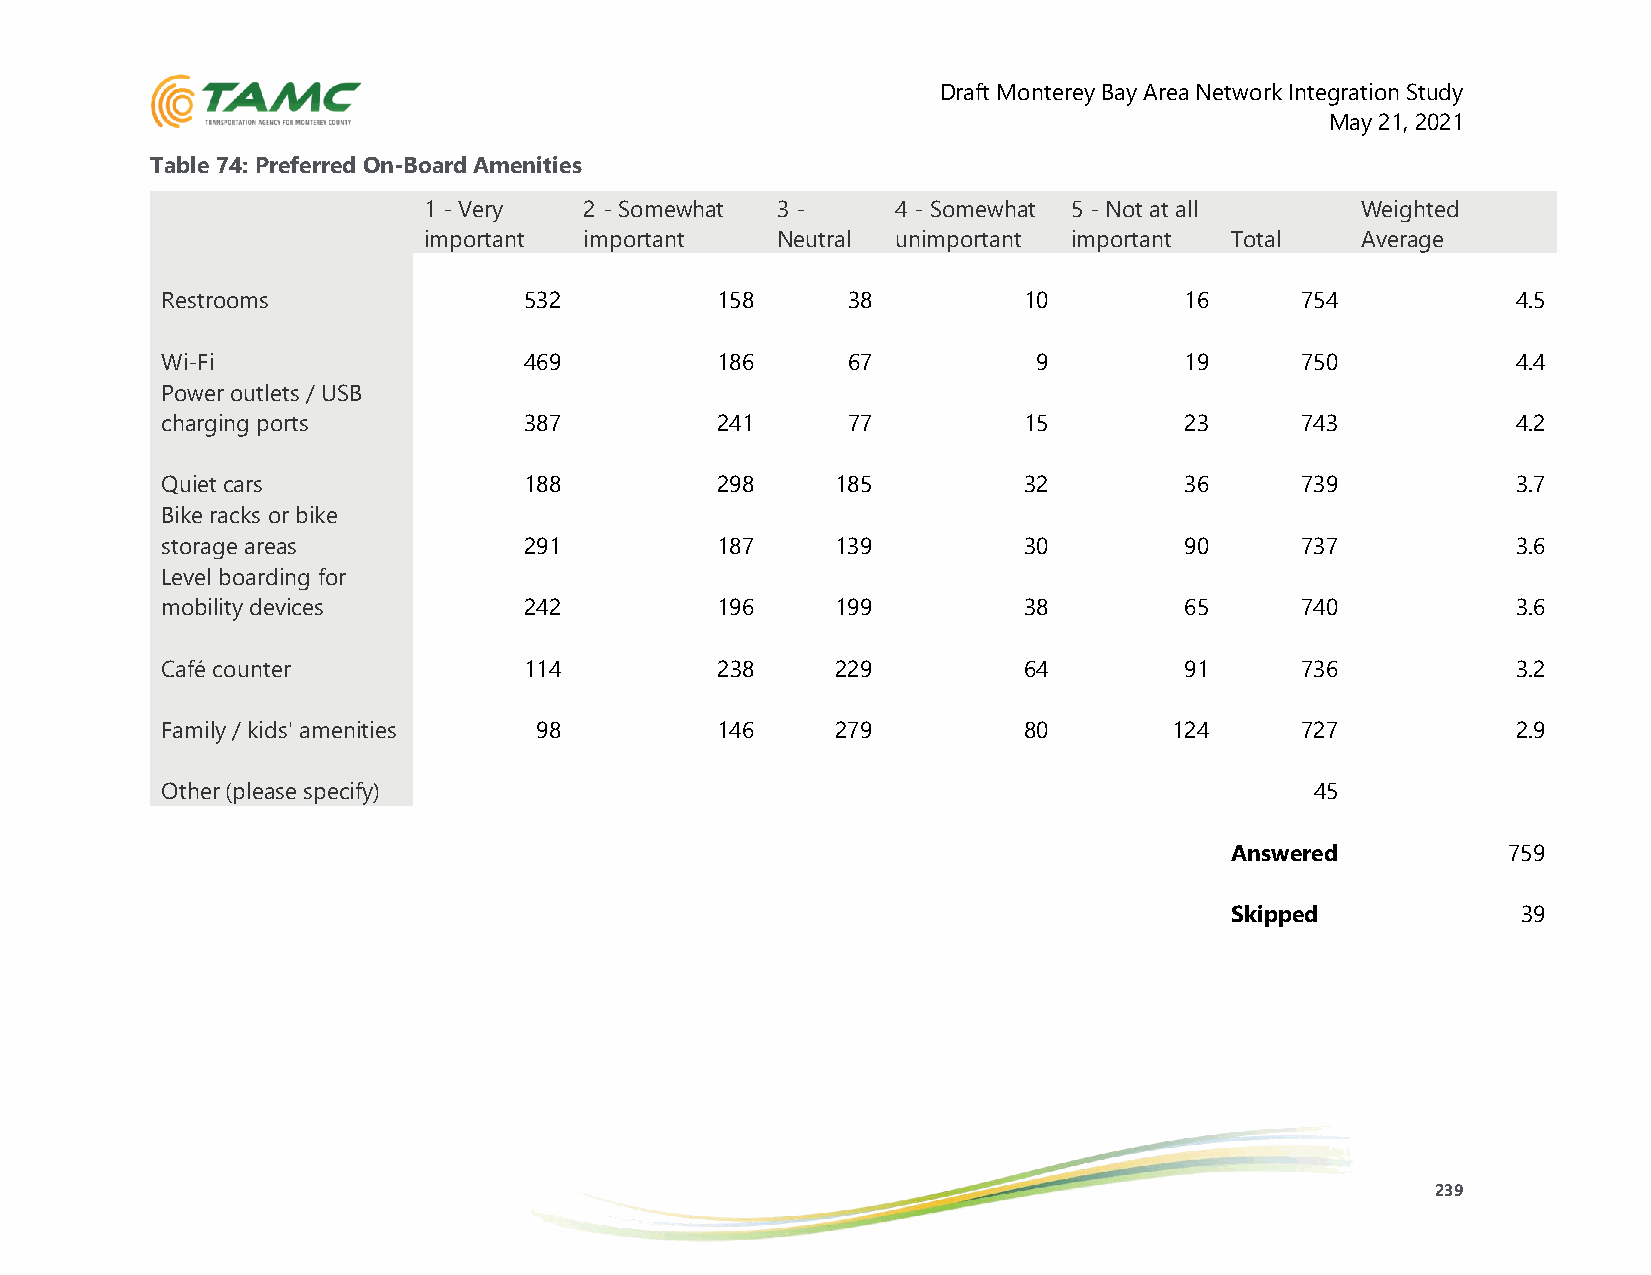
Draft Monterey Bay Area Network Integration Study
 May 21, 2021
 Table 74: Preferred On-Board Amenities
 1 - Very   2 - Somewhat 3 -    4 - Somewhat 5 - Not at all    Weighted
 important  important   Neutral unimportant important Total    Average
 Restrooms               532         158      38          10        16      754           4.5
 Wi-Fi                   469         186      67           9        19      750           4.4
 Power outlets / USB
 charging ports          387         241      77          15        23      743           4.2
 Quiet cars              188         298     185          32        36      739           3.7
 Bike racks or bike
 storage areas           291         187     139          30        90      737           3.6
 Level boarding for
 mobility devices        242         196     199          38        65      740           3.6
 Café counter            114         238     229          64        91      736           3.2
 Family / kids' amenities 98         146     279          80        124     727           2.9
 Other (please specify)                                                      45
 Answered           759
 Skipped             39
 239